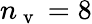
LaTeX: n_{\mathrm{~v~}}=8